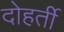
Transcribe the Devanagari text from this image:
दोहर्ती